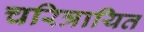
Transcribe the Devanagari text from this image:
चरित्रायित